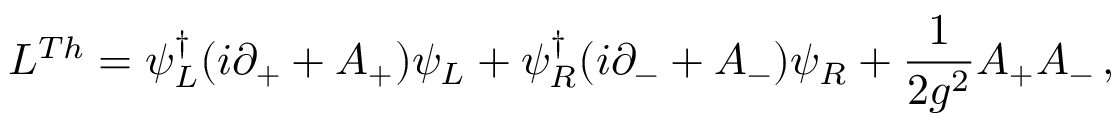
{ \cal L } ^ { T h } = \psi _ { L } ^ { \dagger } ( i \partial _ { + } + A _ { + } ) \psi _ { L } + \psi _ { R } ^ { \dagger } ( i \partial _ { - } + A _ { - } ) \psi _ { R } + { \frac { 1 } { 2 g ^ { 2 } } } A _ { + } A _ { - } \, ,